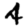
Digit: 4